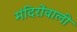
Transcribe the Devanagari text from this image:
मंदिरोंवाली